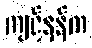
ကျင့်နန်က